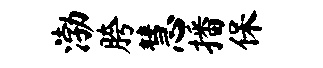
渤胯慧播保